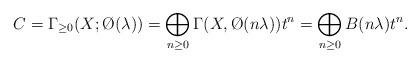
LaTeX: \begin{align*}C=\Gamma_{\geq 0}(X;\O(\lambda))=\bigoplus_{n\geq 0}\Gamma(X,\O(n\lambda))t^n=\bigoplus_{n\geq 0}B(n\lambda)t^n.\end{align*}